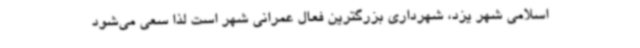
اسلامی شهر یزد، شهرداری بزرگترین فعال عمرانی شهر است لذا سعی می‌شود